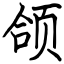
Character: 颌